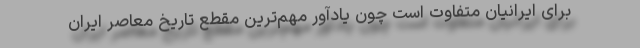
برای ایرانیان متفاوت است چون یادآور مهم‌ترین مقطع تاریخ معاصر ایران